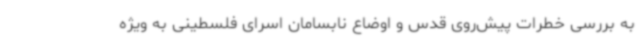
به بررسی خطرات پیش‌روی قدس و اوضاع نابسامان اسرای فلسطینی به ویژه